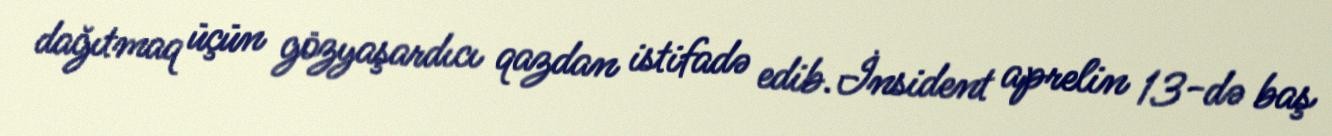
dağıtmaq üçün gözyaşardıcı qazdan istifadə edib.İnsident aprelin 13-də baş